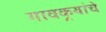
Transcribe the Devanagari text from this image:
गावकर्‍यांचे